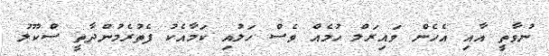
ނުވާތީ އާއި އެހެން ވައިރަލް ހުމެއް ވެސް ހަލުއި ކަމާއެކު ފެތުރެމުންދާތީ ސްކޫލު